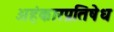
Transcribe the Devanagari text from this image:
अहंकारप्रतिषेध